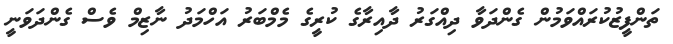
ތަންފީޒުކުރައްވަމުން ގެންދަވާ ދިއްގަރު ދާއިރާގެ ކުރީގެ މެމްބަރު އަހްމަދު ނާޒިމް ވެސް ގެންދަވަނީ